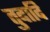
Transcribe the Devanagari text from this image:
तुदादि